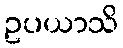
ဥပယာသိ